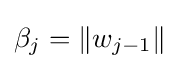
\beta _{j}=\|w_{j-1}\|